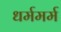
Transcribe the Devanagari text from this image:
धर्ममर्म